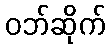
ဝဘ်ဆိုက်